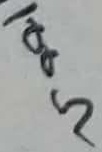
Text: 100Ω